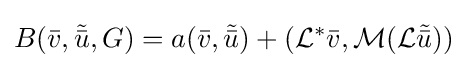
B({\bar {v}},{\tilde {\bar {u}}},G)=a({\bar {v}},{\tilde {\bar {u}}})+({\mathcal {L}}^{*}{\bar {v}},{\mathcal {M}}({\mathcal {L}}{\tilde {\bar {u}}}))